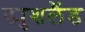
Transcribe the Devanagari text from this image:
ड्युशलैंड